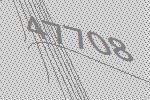
47708